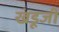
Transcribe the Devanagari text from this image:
खंडूजी